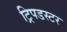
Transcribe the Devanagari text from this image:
ट्रिपडस्टर